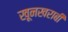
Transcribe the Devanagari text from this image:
खूनखराबी